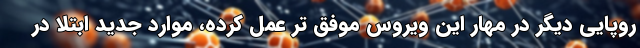
روپایی دیگر در مهار این ویروس موفق تر عمل کرده، موارد جدید ابتلا در